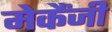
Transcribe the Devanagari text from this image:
मेकैंजी